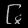
Digit: ၆